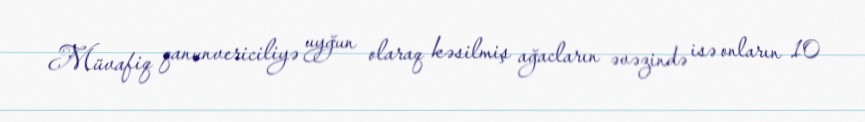
Müvafiq qanunvericiliyə uyğun olaraq kəsilmiş ağacların əvəzində isə onların 10